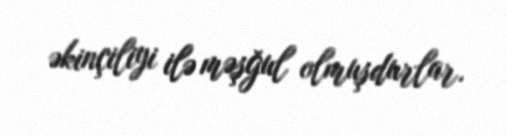
əkinçiliyi ilə məşğul olmuşdurlar.